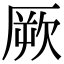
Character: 厥